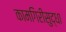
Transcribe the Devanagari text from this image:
कामगिरीसुद्धा